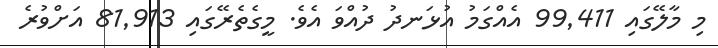
މި މާލޭގައި 99